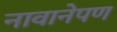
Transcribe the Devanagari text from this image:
नावानेपण